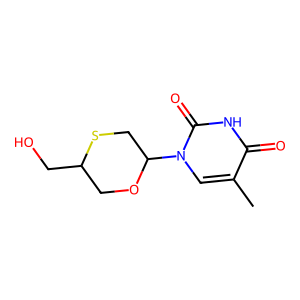
SMILES: Cc1cn(C2CSC(CO)CO2)c(=O)[nH]c1=O
Inhibits HIV replication: No